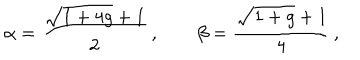
LaTeX: \alpha = \frac { \sqrt { 1 + 4 g } + 1 } { 2 } \, , \qquad \beta = \frac { \sqrt { 1 + g } + 1 } { 4 } \, ,